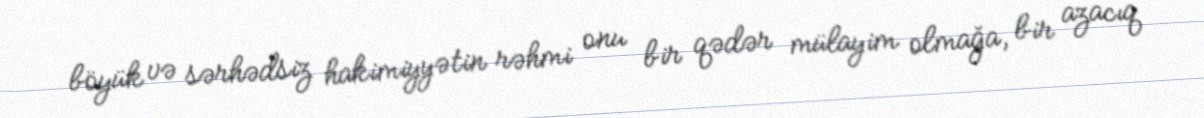
böyük və sərhədsiz hakimiyyətin rəhmi onu bir qədər mülayim olmağa, bir azacıq